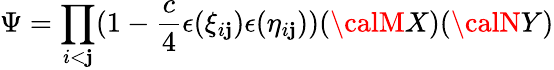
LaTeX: \Psi=\prod_{i<\mathbf{j}}(1-\frac{{c}}{{4}}\epsilon(\xi_{i\mathbf{j}})\epsilon(\eta_{i\mathbf{j}}))({\calM}X)({\calN}Y)